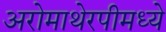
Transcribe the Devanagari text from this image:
अरोमाथेरपीमध्ये